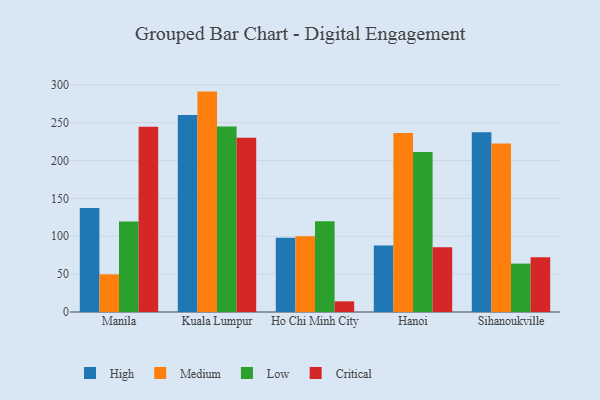
{"axis": {"x": "City", "y": "Energy Usage (MWh)"}, "legend": ["Critical", "High", "Low", "Medium"], "data": [{"x": "Manila", "y": 137.3, "type": "High"}, {"x": "Manila", "y": 49.7, "type": "Medium"}, {"x": "Manila", "y": 119.4, "type": "Low"}, {"x": "Manila", "y": 244.8, "type": "Critical"}, {"x": "Kuala Lumpur", "y": 260.2, "type": "High"}, {"x": "Kuala Lumpur", "y": 291.1, "type": "Medium"}, {"x": "Kuala Lumpur", "y": 245.0, "type": "Low"}, {"x": "Kuala Lumpur", "y": 230.0, "type": "Critical"}, {"x": "Ho Chi Minh City", "y": 98.0, "type": "High"}, {"x": "Ho Chi Minh City", "y": 100.2, "type": "Medium"}, {"x": "Ho Chi Minh City", "y": 119.9, "type": "Low"}, {"x": "Ho Chi Minh City", "y": 14.1, "type": "Critical"}, {"x": "Hanoi", "y": 87.8, "type": "High"}, {"x": "Hanoi", "y": 236.4, "type": "Medium"}, {"x": "Hanoi", "y": 211.4, "type": "Low"}, {"x": "Hanoi", "y": 85.6, "type": "Critical"}, {"x": "Sihanoukville", "y": 237.5, "type": "High"}, {"x": "Sihanoukville", "y": 222.5, "type": "Medium"}, {"x": "Sihanoukville", "y": 63.9, "type": "Low"}, {"x": "Sihanoukville", "y": 72.2, "type": "Critical"}]}